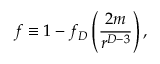
f \equiv 1 - f _ { D } \left( { \frac { 2 m } { r ^ { D - 3 } } } \right) ,